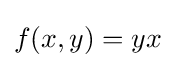
f(x,y)=yx